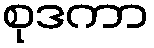
စုဒကာ